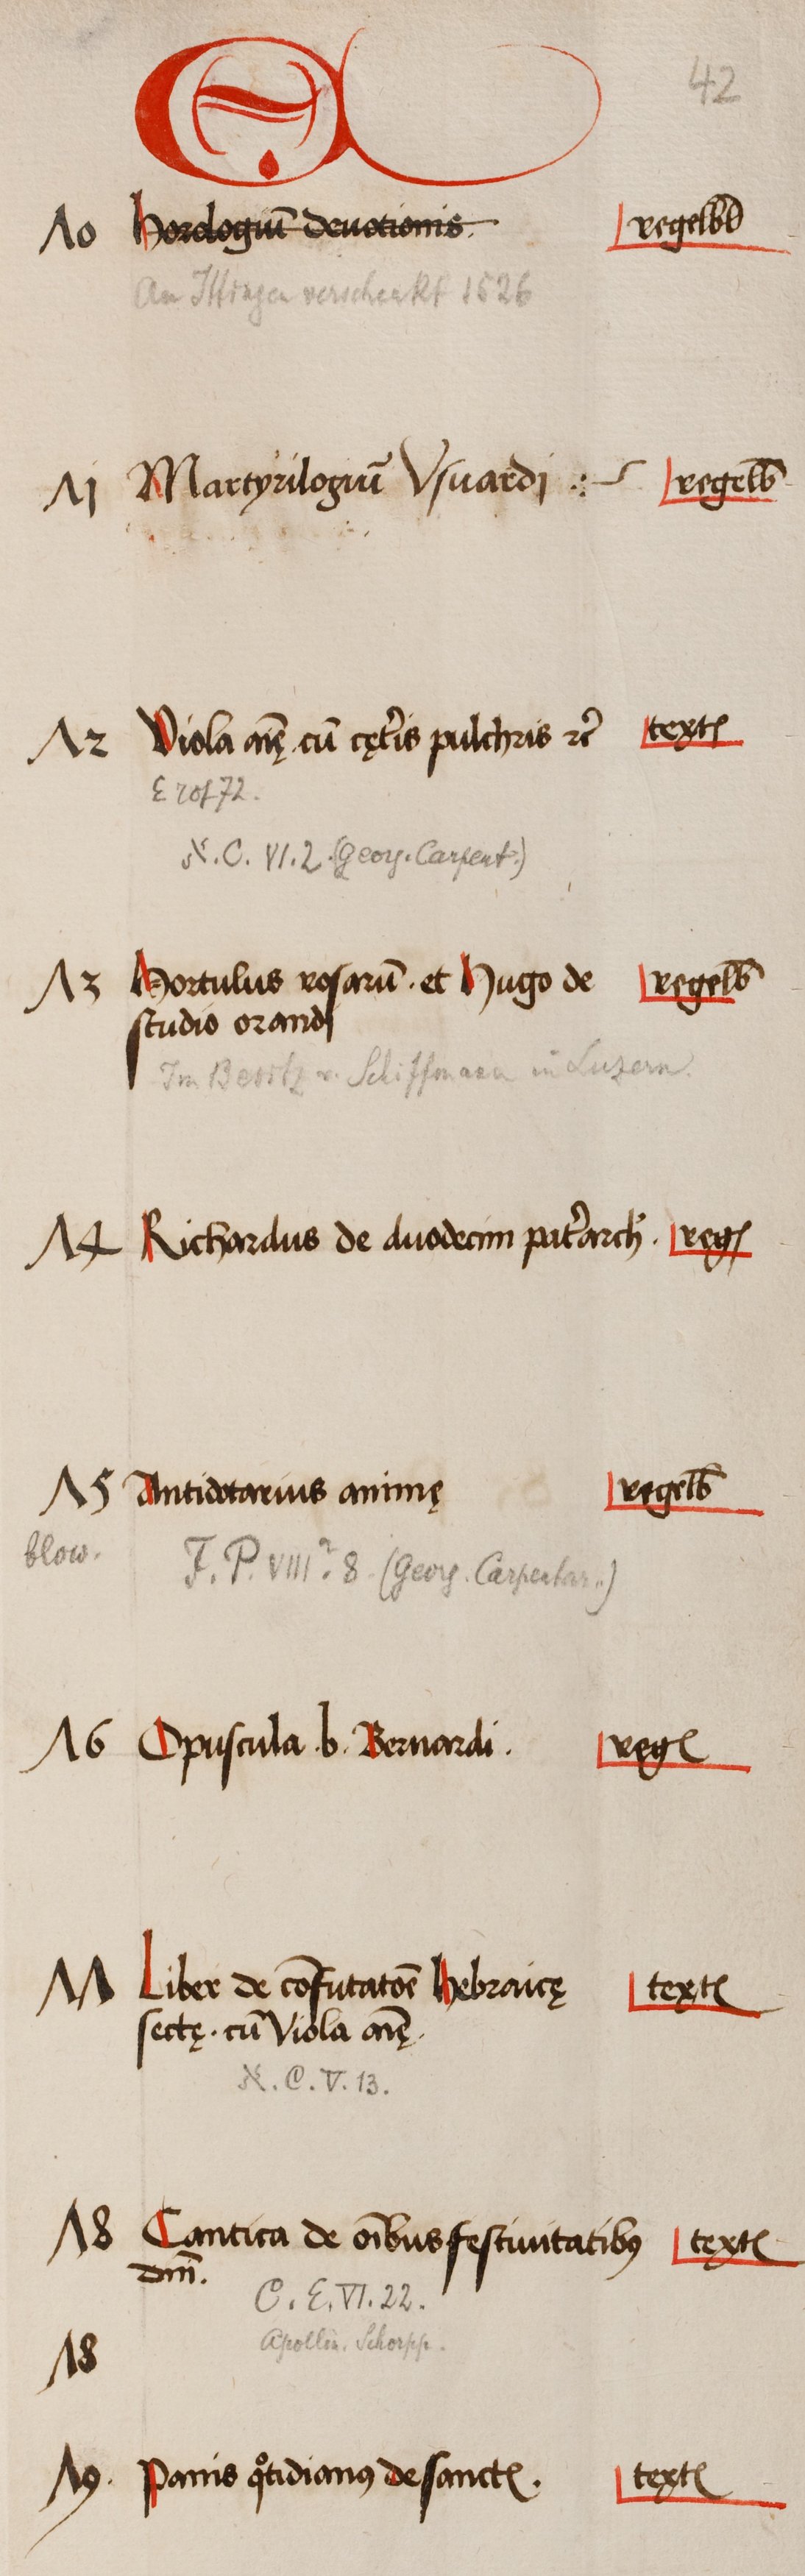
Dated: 1505–1535